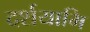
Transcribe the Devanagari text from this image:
दर्शयामि